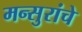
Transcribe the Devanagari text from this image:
मन्सुरांचे